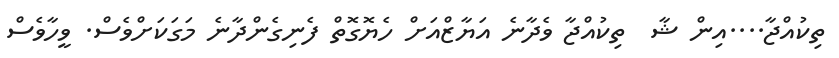
ތިކުއްޖާ....އިން ޝާ  ތިކުއްޖާ ވެދާނެ އަޔާޒްއަށް ހެޔޮގޮތް ފެނިގެންދާނެ މަގަކަށްވެސް. ވީހާވެސް